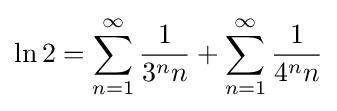
\ln 2=\sum _{n=1}^{\infty }{\frac {1}{3^{n}n}}+\sum _{n=1}^{\infty }{\frac {1}{4^{n}n}}